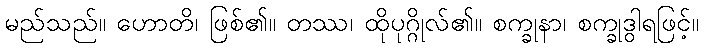
မည်သည်။ ဟောတိ၊ ဖြစ်၏။ တဿ၊ ထိုပုဂ္ဂိုလ်၏။ စက္ခုနာ၊ စက္ခုဒွါရဖြင့်။